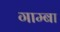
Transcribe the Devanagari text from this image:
गाम्बा